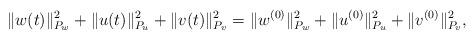
LaTeX: \begin{align*}\| w(t)\|^2_{P_w} + \| u(t)\|^2_{P_u} + \| v(t)\|^2_{P_v} = \| w^{(0)}\|^2_{P_w} + \| u^{(0)}\|^2_{P_u} + \| v^{(0)}\|^2_{P_v}, \end{align*}